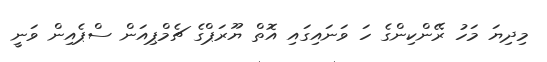
މިދިޔަ މަހު ރޭންކިންގެ ހަ ވަނައިގައި އޮތް ޔޫރަޕްގެ ޗެމްޕިއަން ސްޕެއިން ވަނީ